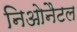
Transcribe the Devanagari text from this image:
निओनैटल